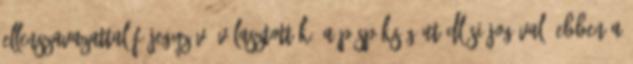
ellenszavazattal főjegyzővé választották, a püspökség utódlási jogával. Ebben a